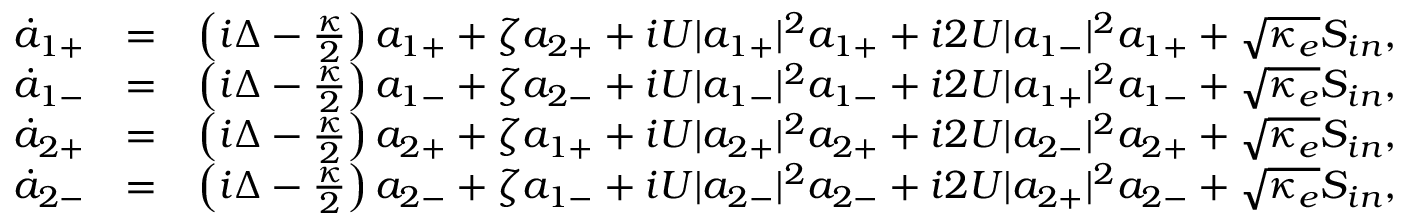
\begin{array} { r l r } { \dot { a } _ { 1 + } } & { = } & { \left( i \Delta - \frac { \kappa } { 2 } \right) a _ { 1 + } + \zeta a _ { 2 + } + i U | a _ { 1 + } | ^ { 2 } a _ { 1 + } + i 2 U | a _ { 1 - } | ^ { 2 } a _ { 1 + } + \sqrt { \kappa _ { e } } S _ { i n } , } \\ { \dot { a } _ { 1 - } } & { = } & { \left( i \Delta - \frac { \kappa } { 2 } \right) a _ { 1 - } + \zeta a _ { 2 - } + i U | a _ { 1 - } | ^ { 2 } a _ { 1 - } + i 2 U | a _ { 1 + } | ^ { 2 } a _ { 1 - } + \sqrt { \kappa _ { e } } S _ { i n } , } \\ { \dot { a } _ { 2 + } } & { = } & { \left( i \Delta - \frac { \kappa } { 2 } \right) a _ { 2 + } + \zeta a _ { 1 + } + i U | a _ { 2 + } | ^ { 2 } a _ { 2 + } + i 2 U | a _ { 2 - } | ^ { 2 } a _ { 2 + } + \sqrt { \kappa _ { e } } S _ { i n } , } \\ { \dot { a } _ { 2 - } } & { = } & { \left( i \Delta - \frac { \kappa } { 2 } \right) a _ { 2 - } + \zeta a _ { 1 - } + i U | a _ { 2 - } | ^ { 2 } a _ { 2 - } + i 2 U | a _ { 2 + } | ^ { 2 } a _ { 2 - } + \sqrt { \kappa _ { e } } S _ { i n } , } \end{array}